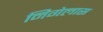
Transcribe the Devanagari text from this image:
निगेलास